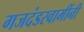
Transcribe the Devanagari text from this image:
गजदंडस्वामींनी